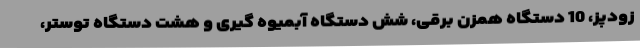
زودپز، 10 دستگاه همزن برقی، شش دستگاه آبمیوه گیری و هشت دستگاه توستر،